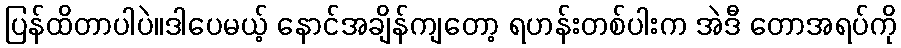
ပြန်ထိတာပါပဲ။ဒါပေမယ့် နောင်အချိန်ကျတော့ ရဟန်းတစ်ပါးက အဲဒီ တောအရပ်ကို